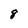
Character: 8